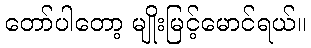
တော်ပါတော့ မျိုးမြင့်မောင်ရယ်။